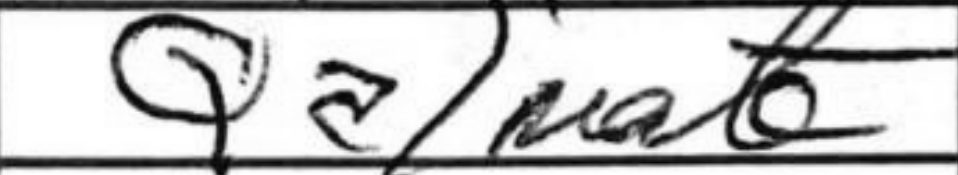
Transcription: Qa1